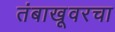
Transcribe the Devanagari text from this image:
तंबाखूवरचा